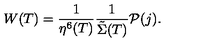
W ( T ) = \frac { 1 } { \eta ^ { 6 } ( T ) } \frac { 1 } { { \tilde { \Sigma } } ( T ) } { \cal P } ( j ) .